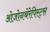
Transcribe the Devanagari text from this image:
ओज़ोनथेरेपिस्ट्स